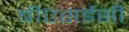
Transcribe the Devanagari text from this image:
बीएसईसी